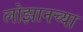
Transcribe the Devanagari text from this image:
लोझानच्या